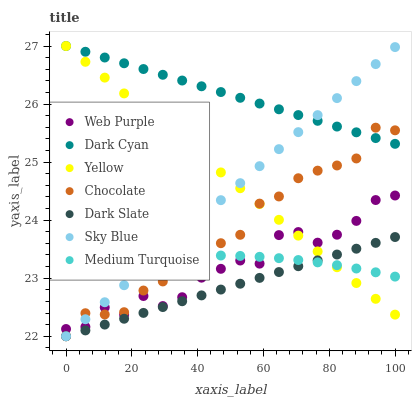
| xaxis_label | Web Purple | Dark Cyan | Yellow | Chocolate | Dark Slate | Sky Blue | Medium Turquoise |
 | --- | --- | --- | --- | --- | --- | --- | --- |
 | 0 | 22.1 | 27 | 27 | 22 | 22 | 22 | 23.1 |
 | 5.88 | 22.2 | 26.9 | 26.7 | 22.4 | 22.1 | 22.3 | 23.2 |
 | 11.8 | 22.5 | 26.8 | 26.5 | 22.4 | 22.2 | 22.6 | 23.3 |
 | 17.6 | 22.4 | 26.7 | 26.2 | 22.4 | 22.3 | 22.9 | 23.3 |
 | 23.5 | 22.7 | 26.6 | 25.9 | 22.8 | 22.4 | 23.2 | 23.3 |
 | 29.4 | 22.5 | 26.5 | 25.6 | 22.9 | 22.5 | 23.5 | 23.4 |
 | 35.3 | 22.7 | 26.4 | 25.4 | 23.3 | 22.6 | 23.8 | 23.4 |
 | 41.2 | 23 | 26.3 | 25.1 | 23.6 | 22.7 | 24.1 | 23.4 |
 | 47.1 | 23.2 | 26.2 | 24.8 | 23.6 | 22.8 | 24.3 | 23.4 |
 | 52.9 | 23.3 | 26.1 | 24.6 | 23.7 | 22.9 | 24.6 | 23.4 |
 | 58.8 | 23.3 | 26 | 24.3 | 24.3 | 23 | 24.9 | 23.4 |
 | 64.7 | 23.7 | 25.9 | 24 | 24.4 | 23.1 | 25.2 | 23.3 |
 | 70.6 | 23.8 | 25.8 | 23.7 | 24.7 | 23.2 | 25.5 | 23.3 |
 | 76.5 | 23.6 | 25.7 | 23.5 | 24.9 | 23.3 | 25.8 | 23.3 |
 | 82.4 | 23.7 | 25.6 | 23.2 | 24.9 | 23.4 | 26.1 | 23.2 |
 | 88.2 | 24 | 25.5 | 22.9 | 25.1 | 23.5 | 26.4 | 23.2 |
 | 94.1 | 24.3 | 25.4 | 22.6 | 25.6 | 23.6 | 26.7 | 23.1 |
 | 100 | 24.4 | 25.3 | 22.4 | 25.5 | 23.7 | 27 | 23 |